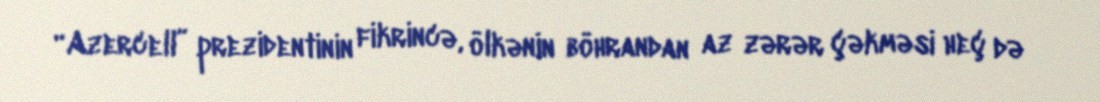
“Azercell” prezidentinin fikrincə, ölkənin böhrandan az zərər çəkməsi heç də